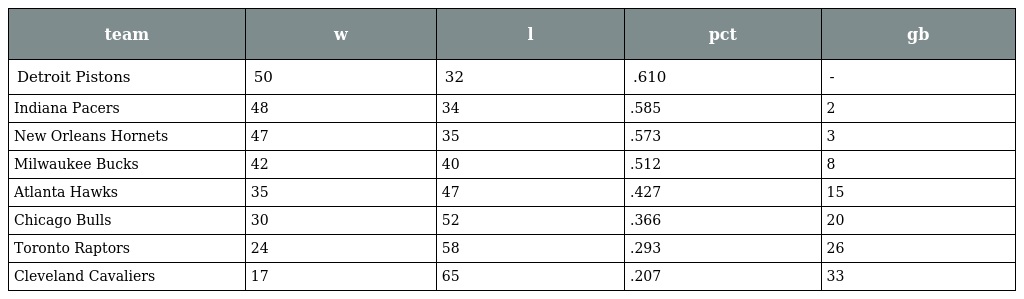
| team | w | l | pct | gb |
 | --- | --- | --- | --- | --- |
 | Detroit Pistons | 50 | 32 | .610 | - |
 | Indiana Pacers | 48 | 34 | .585 | 2 |
 | New Orleans Hornets | 47 | 35 | .573 | 3 |
 | Milwaukee Bucks | 42 | 40 | .512 | 8 |
 | Atlanta Hawks | 35 | 47 | .427 | 15 |
 | Chicago Bulls | 30 | 52 | .366 | 20 |
 | Toronto Raptors | 24 | 58 | .293 | 26 |
 | Cleveland Cavaliers | 17 | 65 | .207 | 33 |